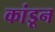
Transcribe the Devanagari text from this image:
कांडून